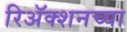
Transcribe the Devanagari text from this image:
रिअॅक्शनच्या